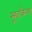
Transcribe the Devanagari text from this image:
सूटकेश